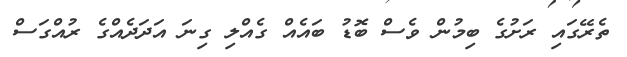
ތެރޭގައި ރަށުގެ ބިމުން ވެސް ބޮޑު ބައެއް ގެއްލި ގިނަ އަދަދެއްގެ ރުއްގަސް